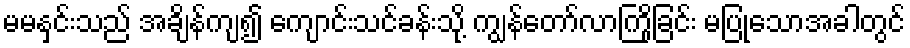
မမနှင်းသည် အချိန်ကျ၍ ကျောင်းသင်ခန်းသို့ ကျွန်တော်လာကြိုခြင်း မပြုသောအခါတွင်